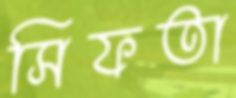
সিফতা